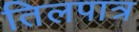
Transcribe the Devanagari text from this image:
तिलपात्र